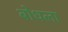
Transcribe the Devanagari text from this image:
बोधला